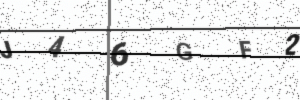
Text: J46GF2